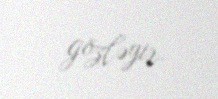
gözləyir.